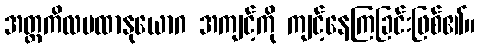
အတ္တကိလမထာနုယောဂ အကျင့်ကို ကျင့်နေကြခြင်းဖြစ်၏။